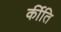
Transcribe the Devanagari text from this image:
र्कीति